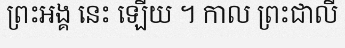
ព្រះអង្គ នេះ ឡើយ ។ កាល ព្រះជាលី